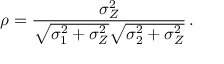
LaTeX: \rho = \frac { \sigma _ { Z } ^ { 2 } } { \sqrt { \sigma _ { 1 } ^ { 2 } + \sigma _ { Z } ^ { 2 } } \sqrt { \sigma _ { 2 } ^ { 2 } + \sigma _ { Z } ^ { 2 } } } \, .